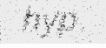
hyp.